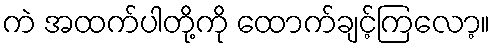
ကဲ အထက်ပါတို့ကို ထောက်ချင့်ကြလော့။